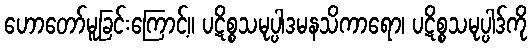
ဟောတော်မူခြင်းကြောင့်။ ပဋိစ္စသမုပ္ပါဒမနသိကာရော၊ ပဋိစ္စသမုပ္ပါဒ်ကို